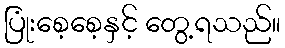
ပြုံးစေ့စေ့နှင့် တွေ့ရသည်။